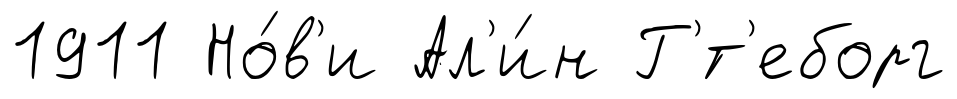
1911 Но́в'и Ал'и́н Г'́т'еборг